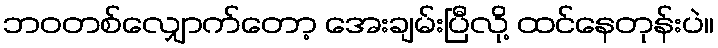
ဘဝတစ်လျှောက်တော့ အေးချမ်းပြီလို့ ထင်နေတုန်းပဲ။